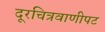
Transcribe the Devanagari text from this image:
दूरचित्रवाणीपट